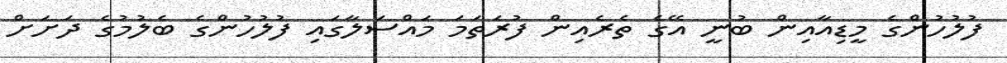
ފުލުހުންގެ މީޑިއާއިން ބުނީ އޭގެ ތެރެއިން ފުރަތަމަ މައްސަލާގައި ފުލުހުންގެ ބެލުމުގެ ދަށަށް